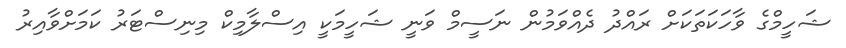
ޝަހީމްގެ ވާހަކަތަކަށް ރައްދު ދެއްވަމުން ނަސީމް ވަނީ ޝަހީމަކީ އިސްލާމިކް މިނިސްޓަރު ކަމަށްވާއިރު